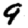
Digit: 9